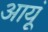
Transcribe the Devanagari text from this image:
आयूं